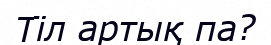
Тіл артық па?